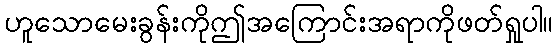
ဟူသောမေးခွန်းကိုဤအကြောင်းအရာကိုဖတ်ရှုပါ။